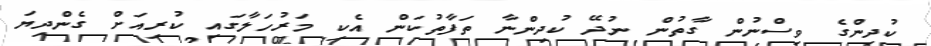
ކުދިންގެ ވިސްނުން ގާތުން ނުދޭ ކުދިންނާ ތަފާތުކަން އެކި މަރުހަލާގައި ކުރިއަށް ގެންދިޔަ